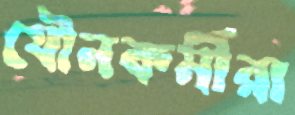
যৌনকর্মীরা